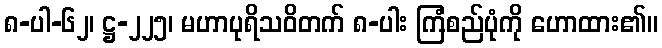
၈-ပါ-၆၂၊ ဋ္ဌ-၂၂၅၊ မဟာပုရိသဝိတက် ၈-ပါး ကြံစည်ပုံကို ဟောထား၏။